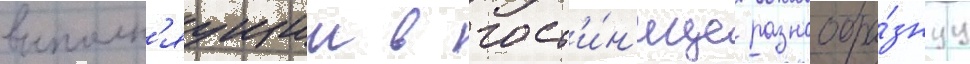
выполн'яущии в гост'и́н'ице разнообра́знуу